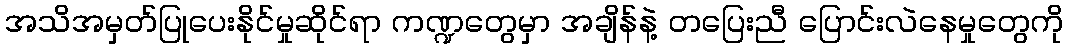
အသိအမှတ်ပြုပေးနိုင်မှုဆိုင်ရာ ကဏ္ဍတွေမှာ အချိန်နဲ့ တပြေးညီ ပြောင်းလဲနေမှုတွေကို